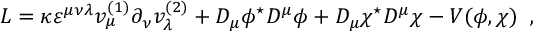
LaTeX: L = \kappa \varepsilon ^ { \mu \nu \lambda } v _ { \mu } ^ { ( 1 ) } \partial _ { \nu } v _ { \lambda } ^ { ( 2 ) } + D _ { \mu } \phi ^ { \star } D ^ { \mu } \phi + D _ { \mu } \chi ^ { \star } D ^ { \mu } \chi - V ( \phi , \chi ) \; \; ,